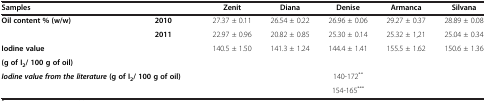
| <COLSPAN=2> Samples | Zenit | Diana | Denise | Armanca | Silvana |
 | --- | --- | --- | --- | --- | --- | --- |
 | <ROWSPAN=2> Oil content % (w/w) | 2010 | 27.37 ± 0.11 | 26.54 ± 0.22 | 26.96 ± 0.06 | 29.27 ± 0.37 | 28.89 ± 0.08 |
 | 2011 | 22.97 ± 0.96 | 20.82 ± 0.85 | 25.30 ± 0.14 | 25.32 ± 1,21 | 25.04 ± 0.34 |
 | <COLSPAN=2> Iodine value | <ROWSPAN=2> 140.5 ± 1.50 | <ROWSPAN=2> 141.3 ± 1.24 | <ROWSPAN=2> 144.4 ± 1.41 | <ROWSPAN=2> 155.5 ± 1.62 | <ROWSPAN=2> 150.6 ± 1.36 |
 | <COLSPAN=2> (g of I2/ 100 g of oil) |
 | <COLSPAN=2> Iodine value from the literature (g of I2/ 100 g of oil) | <COLSPAN=5> 140-172** |
 |  |  | <COLSPAN=5> 154-165*** |